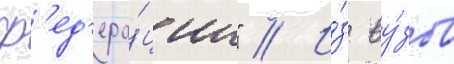
ф'ед'ера́ции" // И́з ву́зов